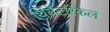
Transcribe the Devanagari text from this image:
थियेटरिकल